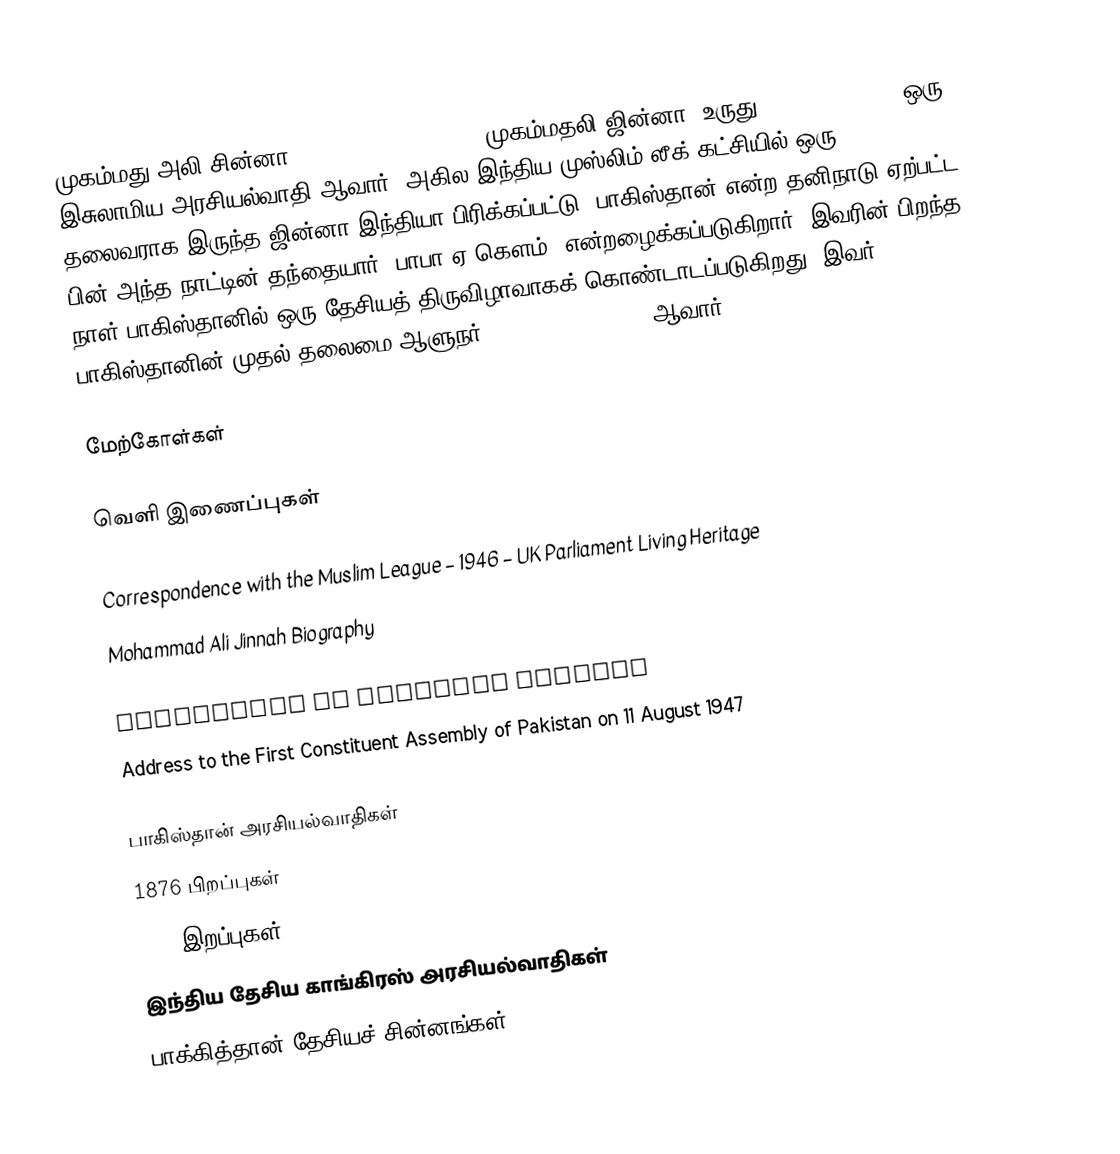
முகம்மது அலி சின்னா (Muhammad Ali Jinnah, முகம்மதலி ஜின்னா, உருது: محمد على جناح) ஒரு இசுலாமிய அரசியல்வாதி ஆவார். அகில இந்திய முஸ்லிம் லீக் கட்சியில் ஒரு தலைவராக இருந்த ஜின்னா இந்தியா பிரிக்கப்பட்டு, பாகிஸ்தான் என்ற தனிநாடு ஏற்பட்ட பின் அந்த நாட்டின் தந்தையார் (பாபா-ஏ-கௌம்) என்றழைக்கப்படுகிறார். இவரின் பிறந்த நாள் பாகிஸ்தானில் ஒரு தேசியத் திருவிழாவாகக் கொண்டாடப்படுகிறது. இவர் பாகிஸ்தானின் முதல் தலைமை ஆளுநர் (Governor-General) ஆவார்.

மேற்கோள்கள்

வெளி இணைப்புகள்

 Correspondence with the Muslim League – 1946 – UK Parliament Living Heritage
 Mohammad Ali Jinnah Biography

 Government of Pakistan Website
 Address to the First Constituent Assembly of Pakistan on 11 August 1947

பாகிஸ்தான் அரசியல்வாதிகள்
1876 பிறப்புகள்
1948 இறப்புகள்
இந்திய தேசிய காங்கிரஸ் அரசியல்வாதிகள்
பாக்கித்தான் தேசியச் சின்னங்கள்